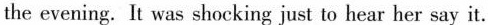
the evening.It was shocking just to hear her say it.